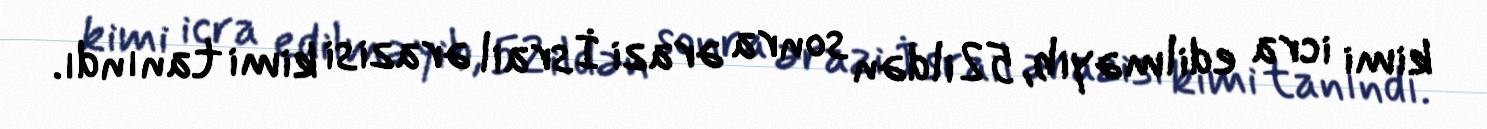
kimi icra edilməyib, 52 ildən sonra ərazi İsrail ərazisi kimi tanındı.